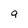
Character: 9